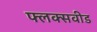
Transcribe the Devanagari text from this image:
फ्लक्सवीड